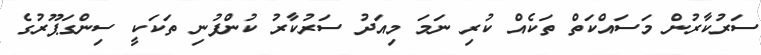
ސަރުކާރުން މަސައްކަތް ތަކެއް ކުރި ނަމަ މިއަދު ސަރުކާރު ކުންފުނި ތަކަކީ ސިންގަޕޫރުގެ